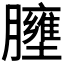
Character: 𱼤